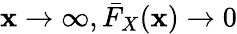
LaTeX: \mathbf{x}\to\infty,{\bar{{F}}}_{X}(\mathbf{x})\to0